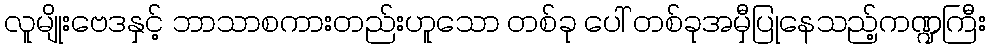
လူမျိုးဗေဒနှင့် ဘာသာစကားတည်းဟူသော တစ်ခု ပေါ် တစ်ခုအမှီပြုနေသည့်ကဏ္ဍကြီး